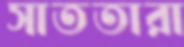
সাততারা